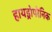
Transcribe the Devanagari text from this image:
हायड्रोपोनिक